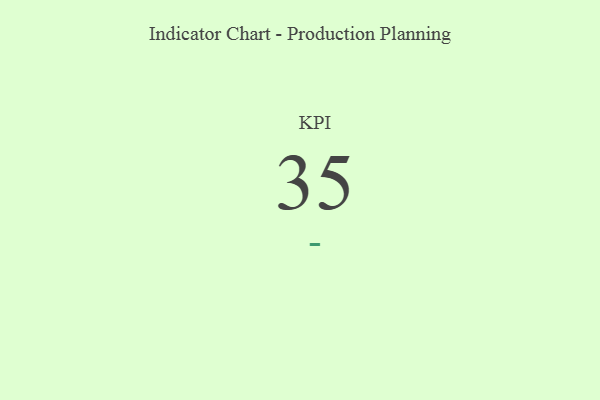
{"axis": {"x": "KPI", "y": "Value"}, "legend": [""], "data": [{"x": "KPI", "y": 35, "type": ""}]}